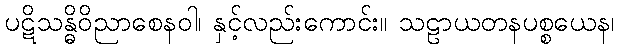
ပဋိသန္ဓိဝိညာစေနဝါ၊ နှင့်လည်းကောင်း။ သဠာယတနပစ္စယေန၊